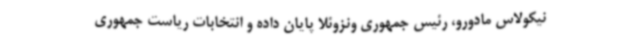
نیکولاس مادورو، رئیس جمهوری ونزوئلا پایان داده و انتخابات ریاست جمهوری